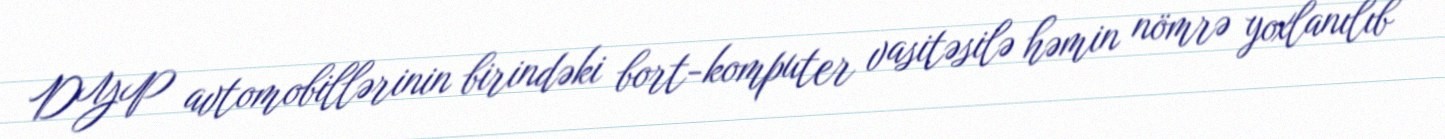
DYP avtomobillərinin birindəki bort-komputer vasitəsilə həmin nömrə yoxlanılıb